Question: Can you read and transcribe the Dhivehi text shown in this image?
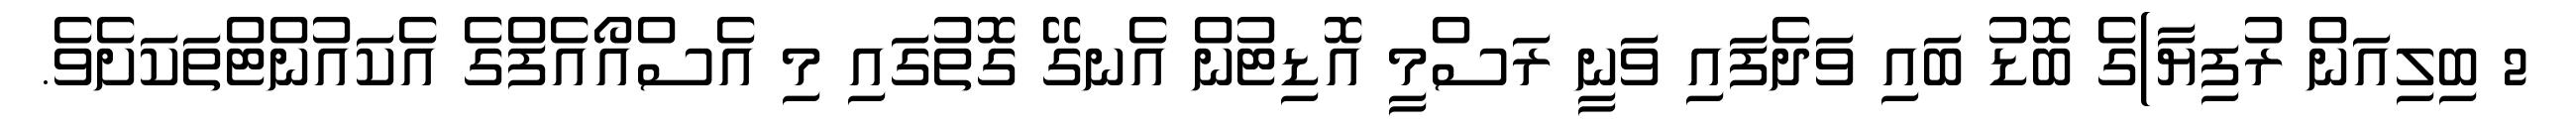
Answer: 2 ބިލިއަން ރުފިޔާ)ގެ ބޮޑު ބައި ވަދެފައި ވަނީ ރަސްމީ އޮޑިޓުން އެނގޭ ގޮތުގައި މި އެސްއޯއެފްގެ އެކައުންޓްތަކަށެވެ.